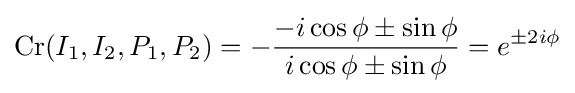
\operatorname {Cr} (I_{1},I_{2},P_{1},P_{2})=-{\frac {-i\cos \phi \pm \sin \phi }{i\cos \phi \pm \sin \phi }}=e^{\pm 2i\phi }